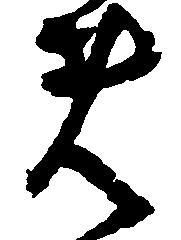
者